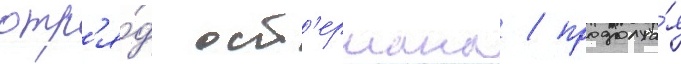
отр'я́д ост'ермана / продолжа́я